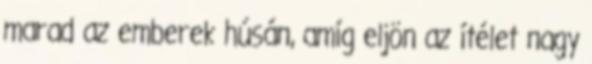
marad az emberek húsán, amíg eljön az ítélet nagy